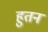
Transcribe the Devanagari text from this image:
हुतन